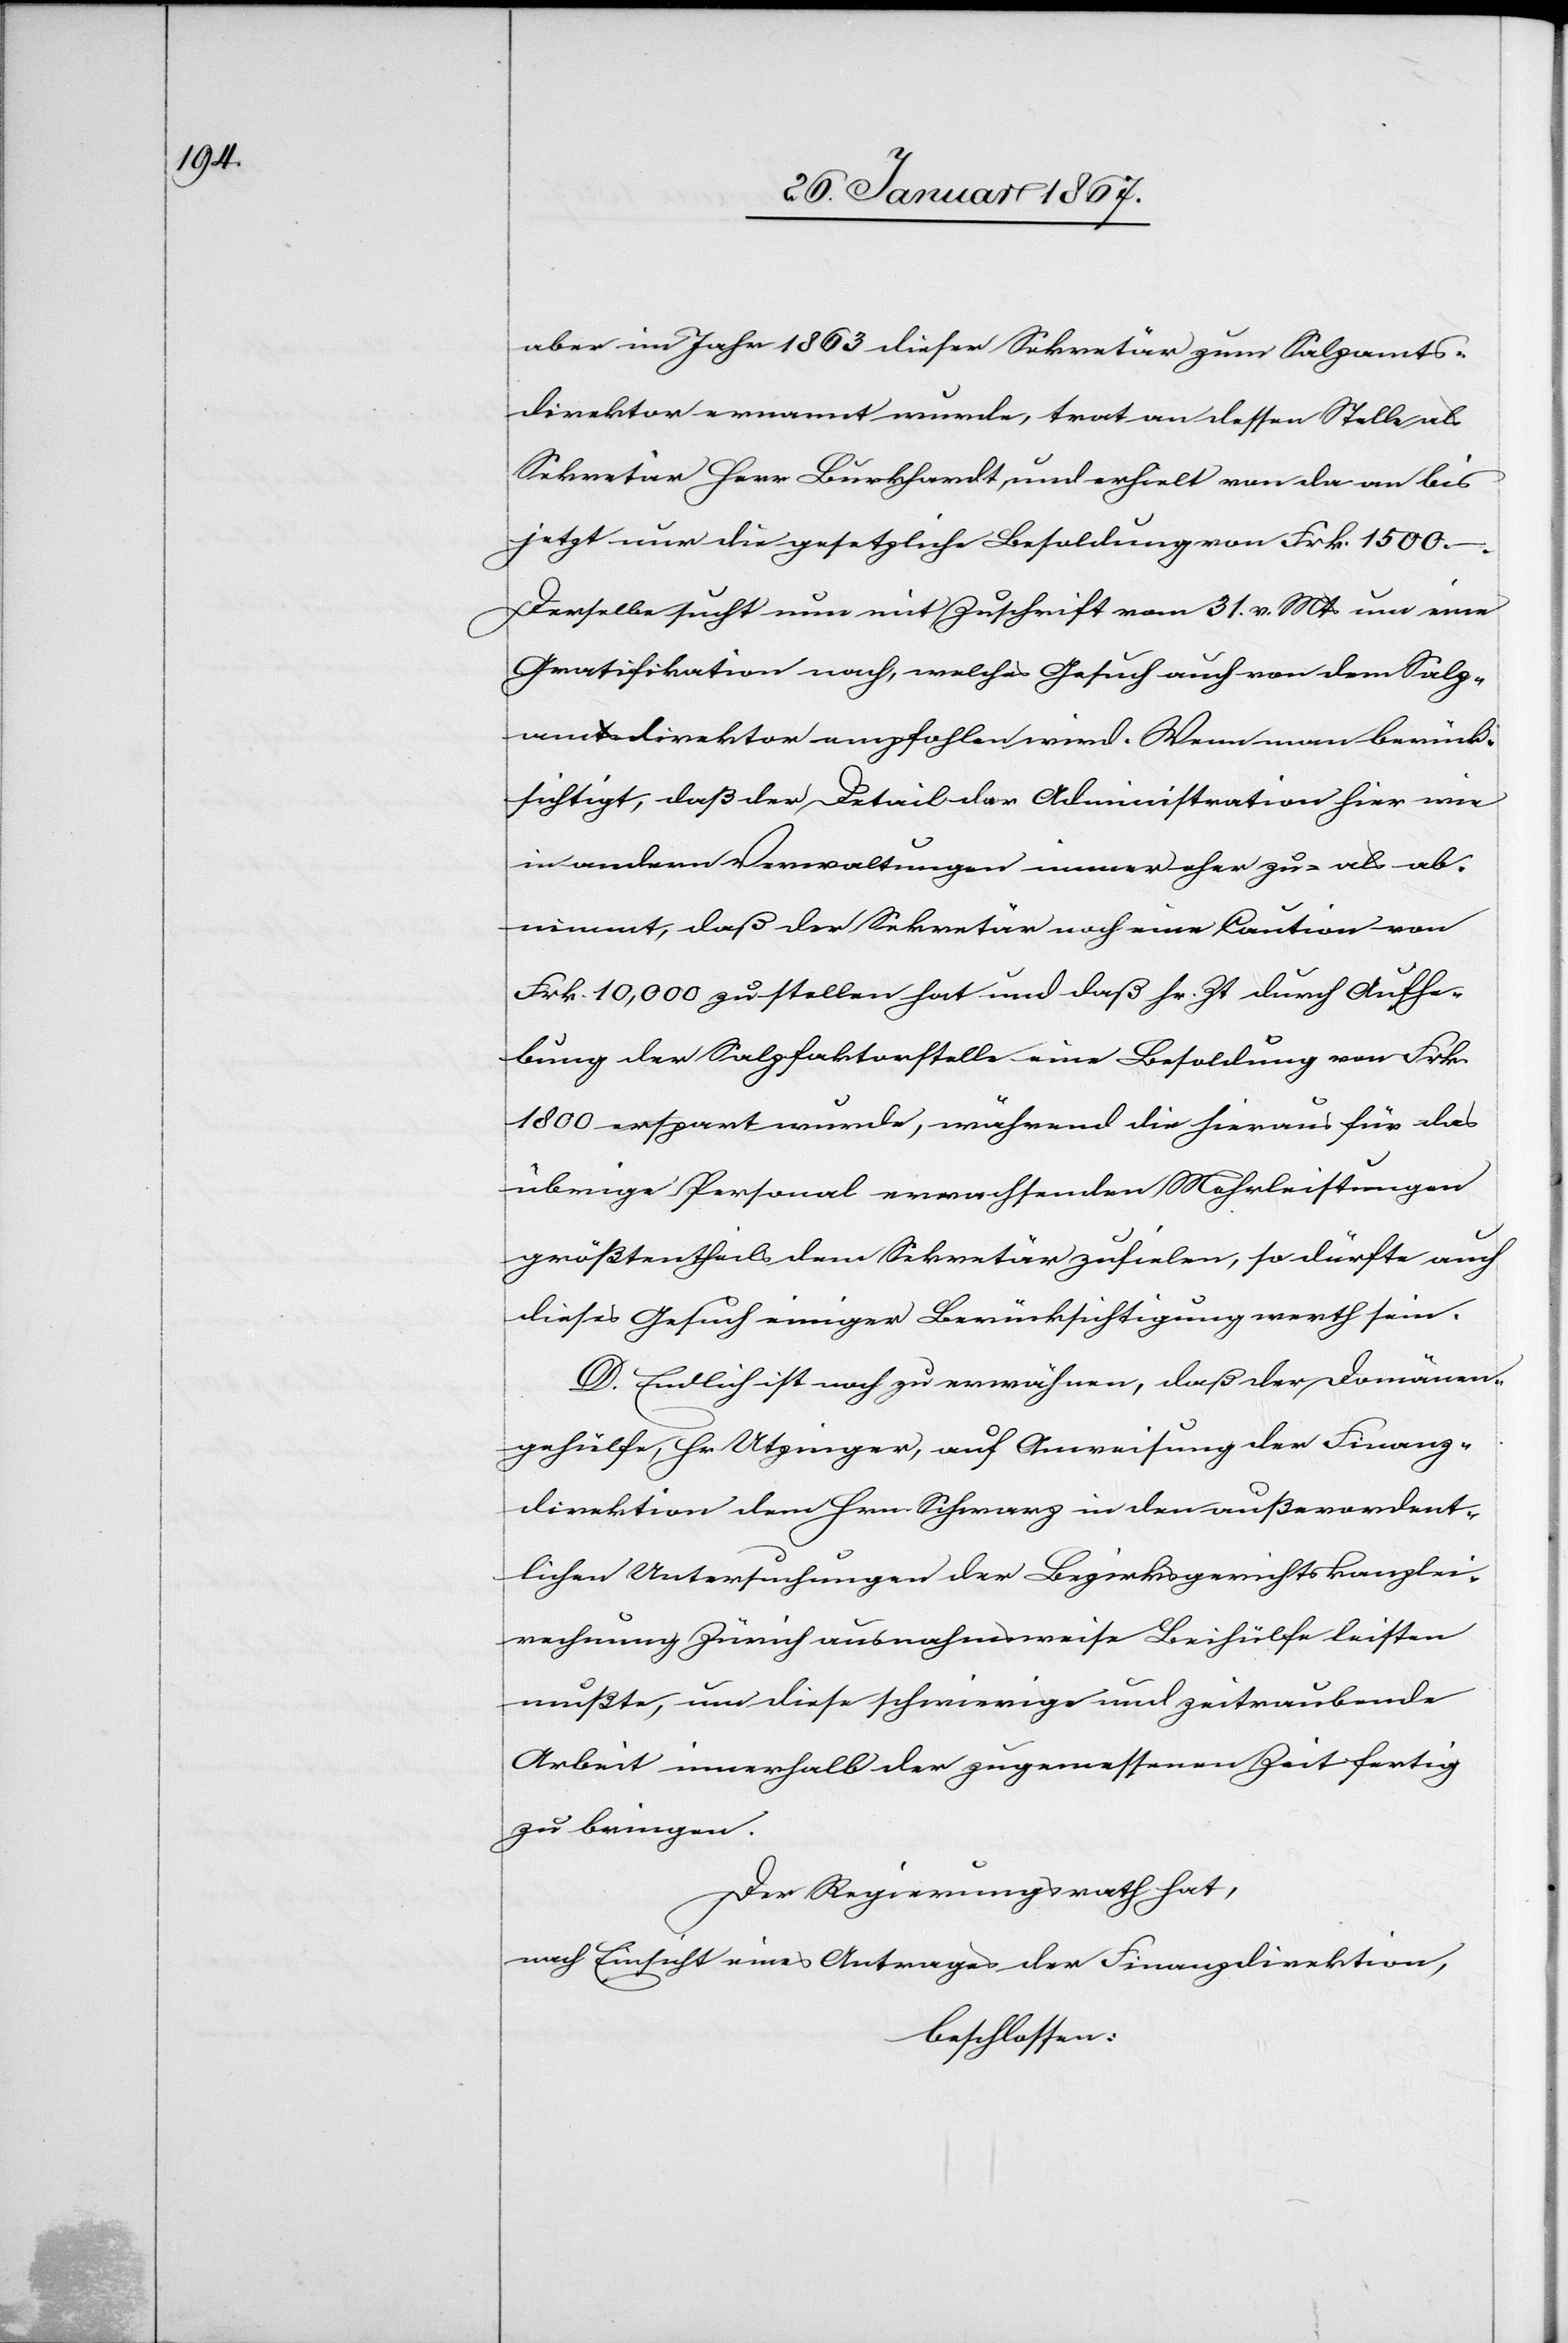
aber im Jahr 1863 dieser Sekretär zum Salzamts¬
direktor ernannt wurde, trat an dessen Stelle als
Sekretär Herr Burkhardt und erhielt von da an bis
jetzt nur die gesetzliche Besoldung von Frk. 1500.–.
Derselbe sucht nun mit Zuschrift vom 31. v. Mts um eine
Gratifikation nach, welches Gesuch auch von dem Salz¬
amtsdirektor empfohlen wird. Wenn man berück¬
sichtigt, daß der Detail der Administration hier wie
in andern Verwaltungen immer eher zu- als ab¬
nimmt, daß der Sekretär noch eine Caution von
Frk. 10,000 zu stellen hat und daß sr. Zt durch Aufhe¬
bung der Salzfaktorstelle eine Besoldung von Frk
1800 erspart wurde, während die hieraus für das
übrige Personal erwachsenden Mehrleistungen
größtentheils dem Sekretär zufielen, so dürfte auch
dieses Gesuch einiger Berücksichtigung werth sein.
D. Endlich ist auch zu erwähnen, daß der Domänen¬
gehülfe, Hr. Utzinger, auf Anweisung der Finanz¬
direktion dem Hrn Schwarz in den außerordent¬
lichen Untersuchungen der Bezirksgerichtskanzlei¬
rechnung Zürich ausnahmsweise Beihülfe leisten
mußte, um diese schwierige und zeitraubende
Arbeit innerhalb der zugemessenen Zeit fertig
zu bringen.
Der Regierungsrath hat,
nach Einsicht eines Antrages der Direktion der Finanzen,
beschlossen: